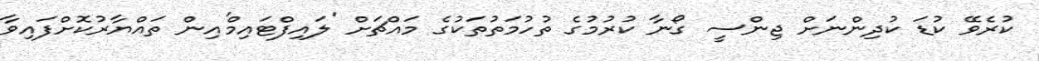
ކުރެވޭ ކުޑަ ކުދިންނަށް ޖިންސީ ގޯނާ ކުރުމުގެ ތުހުމަތުތަކުގެ މައްޗަށް 'ލައިފްޓައިމް'އިން ތައްޔާރުކޮށްފައިވާ